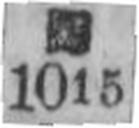
1015